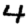
Digit: 4